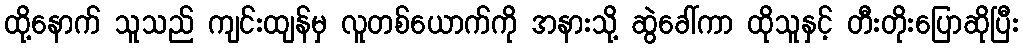
ထို့နောက် သူသည် ကျင်းထျန်မှ လူတစ်ယောက်ကို အနားသို့ ဆွဲခေါ်ကာ ထိုသူနှင့် တီးတိုးပြောဆိုပြီး